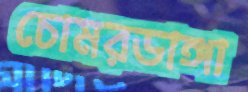
চোমরডাঙ্গা